65_HS1-834228961_62-HQ-83894_Section_5
Agency: FBI
Page 28
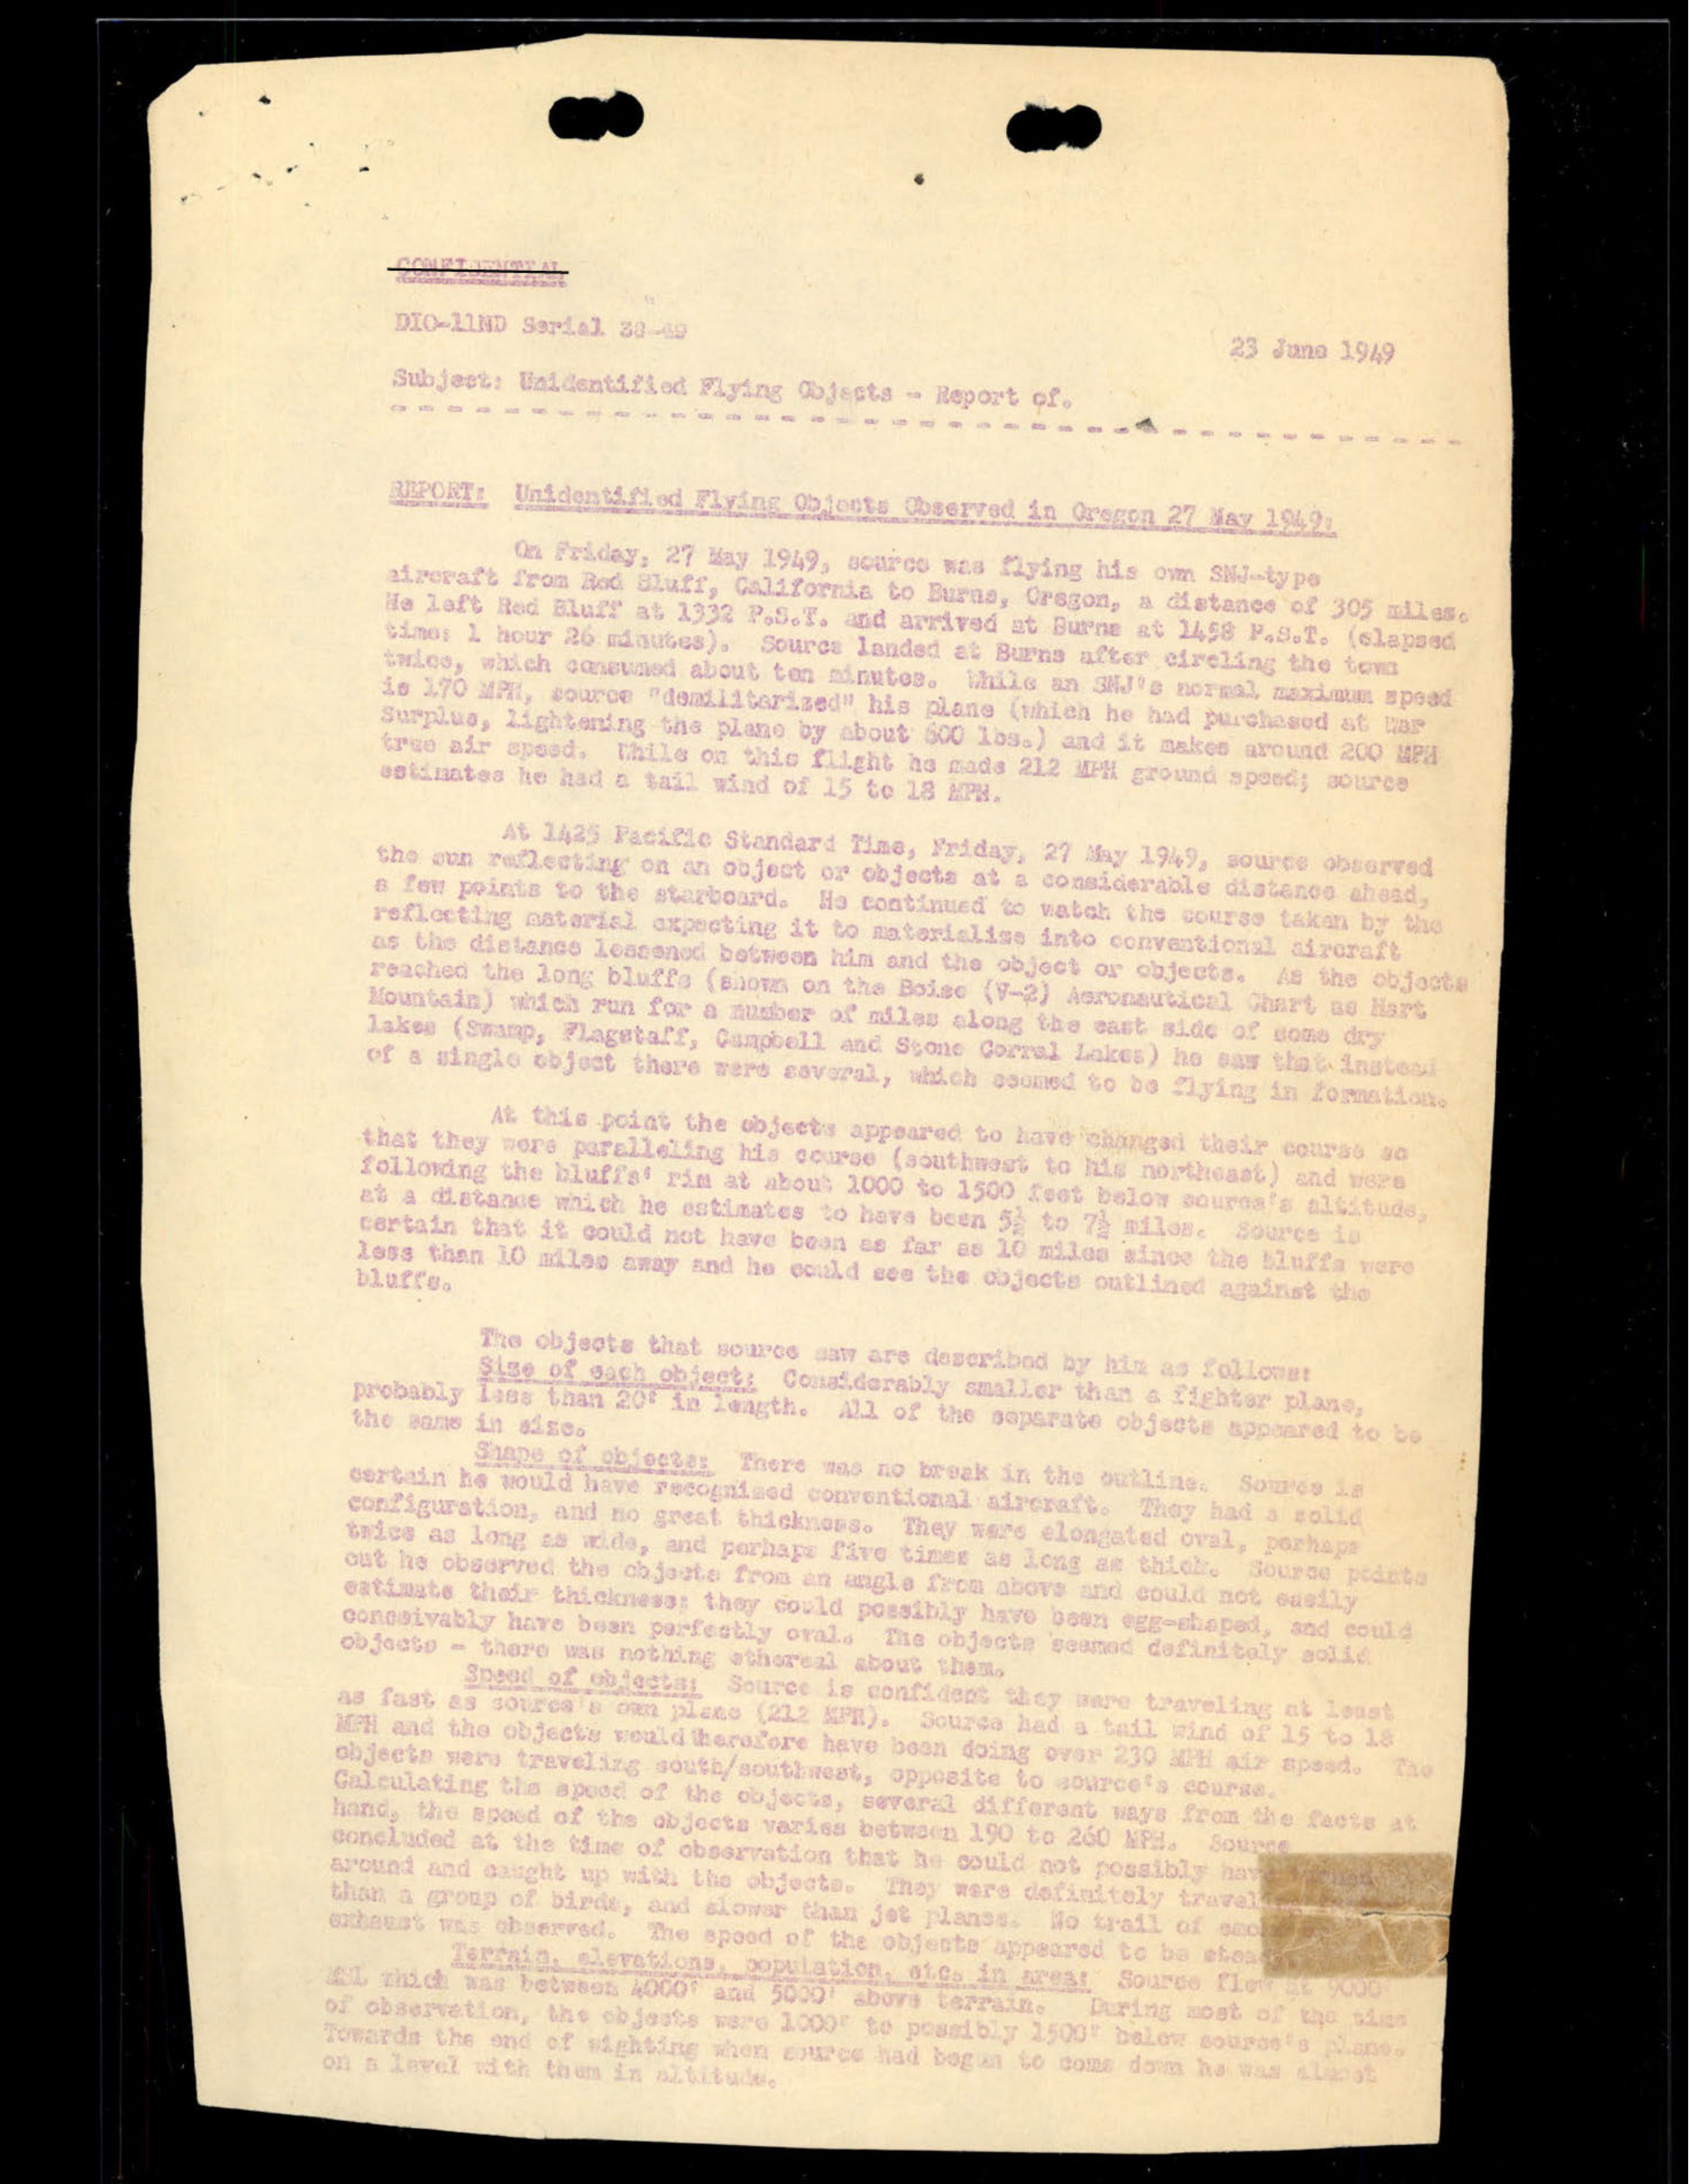